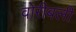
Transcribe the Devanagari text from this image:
वोरीबली